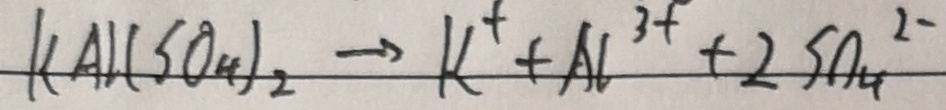
K A l ( S O _ { 4 } ) _ { 2 } \rightarrow k ^ { + } + A C ^ { 3 + } + 2 S O _ { 4 } ^ { 2 - }